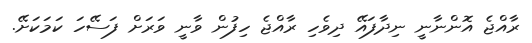
ރާއްޖެ އޮންނާނީ ނިދާފައޭ ދިވެހި ރާއްޖެ ހިފުން ވާނީ ވަރަށް ފަސޭހަ ކަމަކަށޭ.